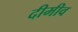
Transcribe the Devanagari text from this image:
दीमीव